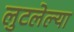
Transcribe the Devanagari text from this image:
लुटलेल्या